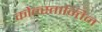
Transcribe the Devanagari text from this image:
कोन्स्तान्तिन